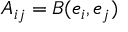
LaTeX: A _ { i j } = B ( e _ { i } , e _ { j } )